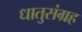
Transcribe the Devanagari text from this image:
धातुसंग्रह